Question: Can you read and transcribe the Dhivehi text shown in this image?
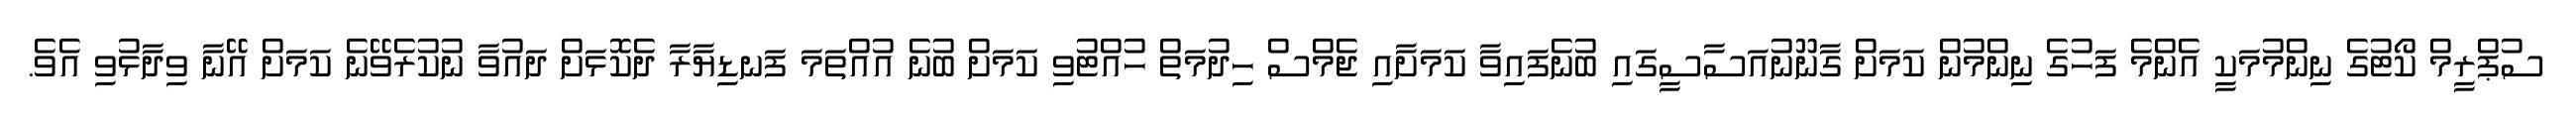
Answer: ސުޕްރީމް ކޯޓުގެ ނިންމުމަކީ އެންމެ ފަހުގެ ނިންމުން ކަމަށް ގާނޫނުއަސާސީގައި ބުނެފައިވާ ކަމަށާއި ޖެމްސް ހިދުމަތް ހުއްޓުވި ކަމަށް ބުނެ އުއްތަމަ ފަނޑިޔާރާ ދެކޮޅަށް ދައުވާ ނުކުރެވޭނެ ކަމަށް އޭނާ ވިދާޅުވި އެވެ.